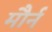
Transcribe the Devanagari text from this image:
मौर्न